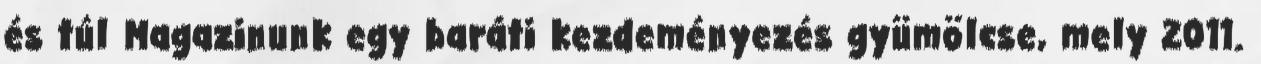
és túl Magazinunk egy baráti kezdeményezés gyümölcse, mely 2011.